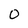
Character: 0